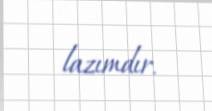
lazımdır.